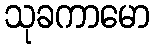
သုခကာမော